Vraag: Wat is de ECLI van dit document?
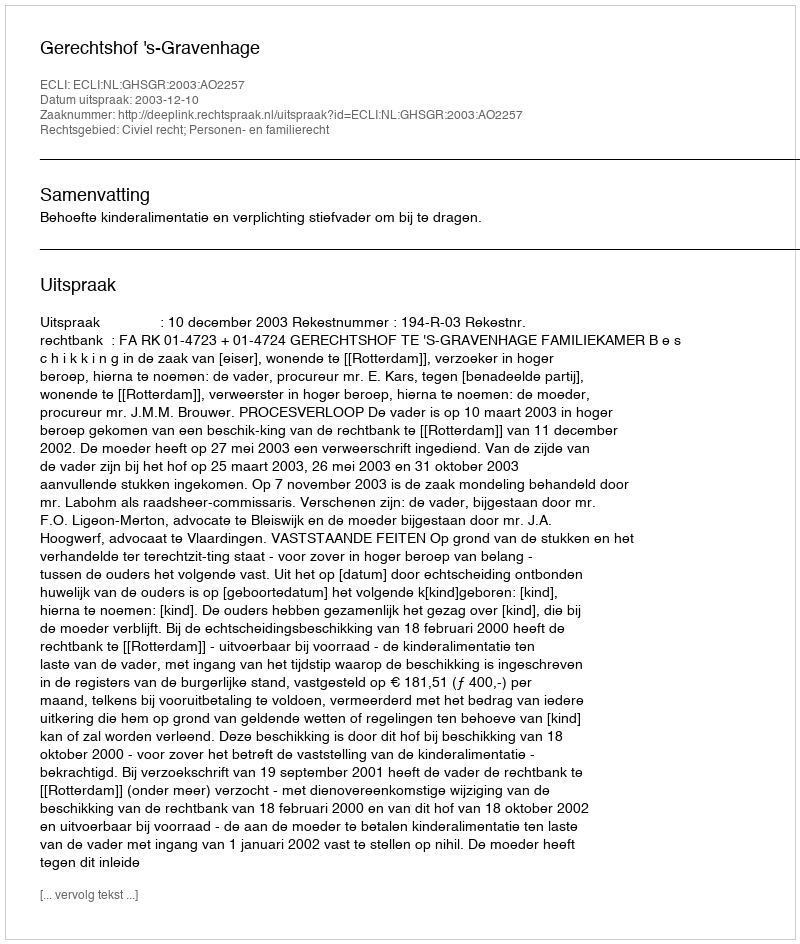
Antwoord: ECLI:NL:GHSGR:2003:AO2257